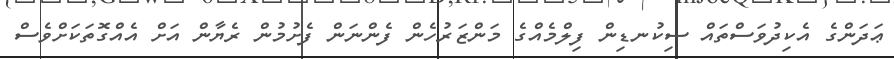
ޢަދަންގެ އެކިދުވަސްތައް ސިކުނޑިން ފިލްމެއްގެ މަންޒަރުހެން ފެންނަން ފެށުމުން ރެޔާން އަށް އެއްގޮތަކަށްވެސް